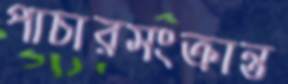
পাচারসংক্রান্ত